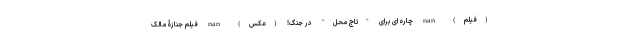
(فیلم) nan چاره ای برای "تاج محل" در جنگ! (عکس) nan فیلم جنازۀ مالک